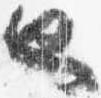
也